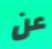
عن